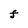
Character: F